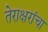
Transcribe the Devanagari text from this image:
तेराक्षरांचा